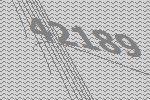
42189